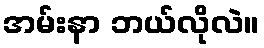
အမ်းနာ ဘယ်လိုလဲ။